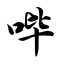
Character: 哔